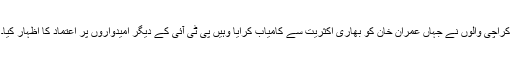
کراچی والوں نے جہاں عمران خان کو بھاری اکثریت سے کامیاب کرایا وہیں پی ٹی آئی کے دیگر امیدواروں پر اعتماد کا اظہار کیا۔